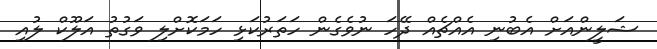
ޝަލީންއަށް އެބުނި އެއްޗެއް ދޭހަ ނުވެގެން ހަތަރުކަޅި ހަމަކޮށްލި ވަގުތު އަލޫކް ލުއި